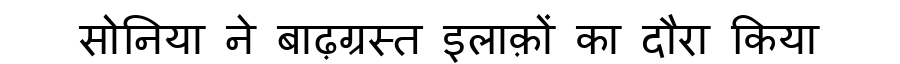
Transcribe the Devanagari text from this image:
सोनिया ने बाढ़ग्रस्त इलाक़ों का दौरा किया